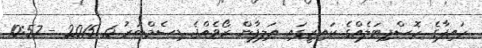
ހައިފާގެ ހޮސްޕިޓަލެއްގެ ކައިރީގައި އަލިފާން ރޯވެއްޖެ ޑިސެމްބަރު 6